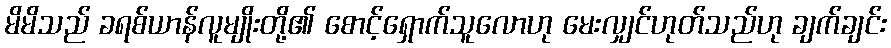
မိမိသည် ခရစ်ယာန်လူမျိုးတို့၏ စောင့်ရှောက်သူလောဟု မေးလျှင်ဟုတ်သည်ဟု ချက်ချင်း